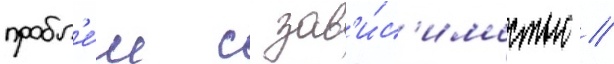
пробл'е́м с зав'и́с'имостью //